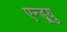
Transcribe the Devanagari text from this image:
एन्ड्र्यु